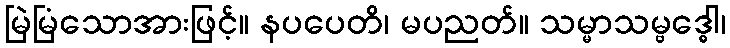
မြဲမြံသောအားဖြင့်။ နပပေတိ၊ မပညတ်။ သမ္မာသမ္ဗဒ္ဓေါ၊